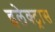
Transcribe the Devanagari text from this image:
इलेक्‍ट्रास